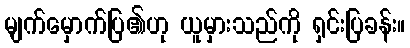
မျက်မှောက်ပြ၏ဟု ယူမှားသည်ကို ရှင်းပြခန်း။